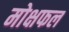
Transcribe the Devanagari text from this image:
मोक्षफल